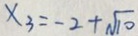
x _ { 3 } = - 2 + \sqrt { 1 0 }